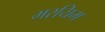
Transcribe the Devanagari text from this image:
मरयिम